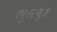
ભૂલચૂક